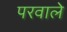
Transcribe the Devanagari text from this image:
परवाले